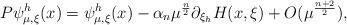
LaTeX: \begin{align*} P\psi^h_{ \mu,\xi}(x)=\psi^h_{ \mu,\xi}(x)-\alpha_n \mu^{\frac{n }{2}}\partial_{\xi_h}H(x,\xi)+O( \mu^{\frac{n+2}{2}}),\end{align*}